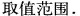
取值范围.